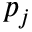
p _ { j }